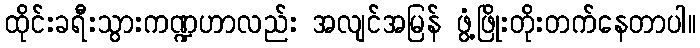
ထိုင်းခရီးသွားကဏ္ဍဟာလည်း အလျင်အမြန် ဖွံ့ဖြိုးတိုးတက်နေတာပါ။